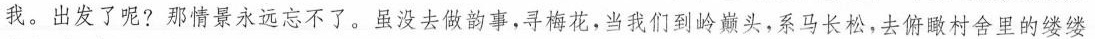
我。出发了呢？那情景永远忘不了。虽没去做韵事，寻梅花，当我们到岭巅头，系马长松，去俯瞰村舍里的缕缕